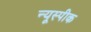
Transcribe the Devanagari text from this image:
न्यूस्पीक